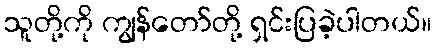
သူတို့ကို ကျွန်တော်တို့ ရှင်းပြခဲ့ပါတယ်။